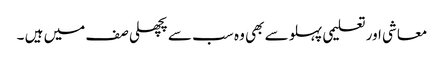
معاشی اور تعلیمی پہلو سے بھی وہ سب سے پچھلی صف میں ہیں ۔